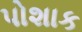
પોશાક